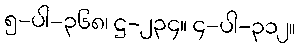
၅-ပါ-၃၆၈၊ ဋ္ဌ-၂၃၄။ ၄-ပါ-၃၁၂။